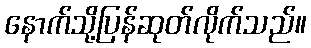
နောက်သို့ပြန်ဆုတ်လိုက်သည်။